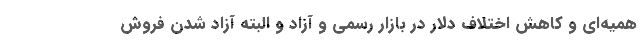
همیه‌ای و کاهش اختلاف دلار در بازار رسمی و آزاد و البته آزاد شدن فروش